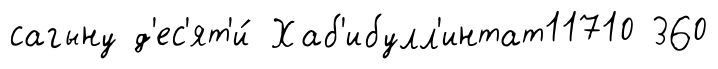
сагыну д'ес'ят'и́ Хаб'ибулл'интат11710 360